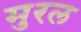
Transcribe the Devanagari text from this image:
मुरल